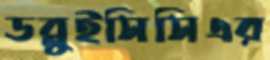
ডব্লুইসিসিএর